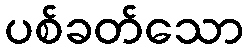
ပစ်ခတ်သော